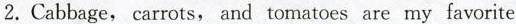
2.Cabbage, carrots, and tomatoes are my favorite